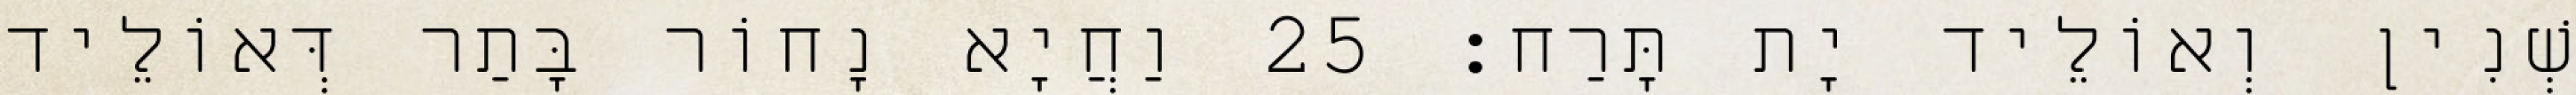
שְׁנִין וְאוֹלֵיד יָת תָּרַח׃ 25 וַחֲיָא נָחוֹר בָּתַר דְּאוֹלֵיד